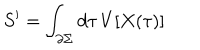
S ^ { \prime } = \int _ { \partial \Sigma } d \tau \, V [ X ( \tau ) ]